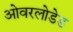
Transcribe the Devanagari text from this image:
ओवरलोडेड